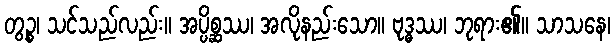
တွဉ္စ၊ သင်သည်လည်း။ အပ္ပိစ္ဆဿ၊ အလိုနည်းသော။ ဗုဒ္ဓဿ၊ ဘုရား၏။ သာသနေ၊